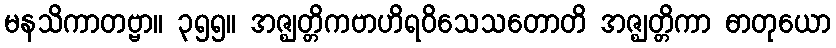
မနသိကာတဗ္ဗာ။ ၃၅၅။ အဇ္ဈတ္တိကဗာဟိရဝိသေသတောတိ အဇ္ဈတ္တိကာ ဓာတုယော